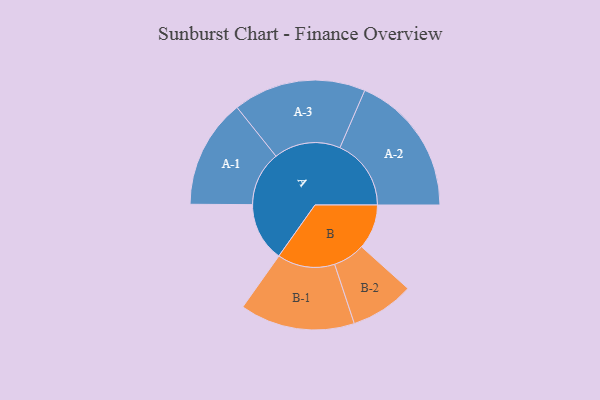
{"axis": {"x": "Segment", "y": "Value"}, "legend": ["", "A", "B"], "data": [{"x": "A", "y": 248, "type": ""}, {"x": "B", "y": 189, "type": ""}, {"x": "A-1", "y": 230, "type": "A"}, {"x": "A-2", "y": 300, "type": "A"}, {"x": "A-3", "y": 280, "type": "A"}, {"x": "B-1", "y": 242, "type": "B"}, {"x": "B-2", "y": 134, "type": "B"}]}